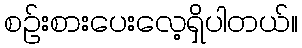
စဉ်းစားပေးလေ့ရှိပါတယ်။